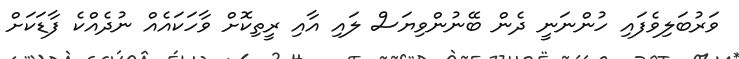
ވަރުބަލިވެފައި ހުންނަނީ ދެން ބޭނުންވިޔަސް ލައި އާއި ރީތިކޮށް ވާހަކައެއް ނުދެއްކެ ފާޑަކަށް